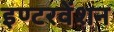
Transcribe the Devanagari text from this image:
इण्टरवेंशन